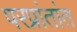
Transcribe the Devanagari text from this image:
परप्रांतांत